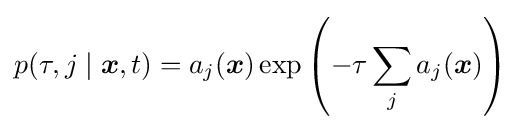
p(\tau ,j\mid {\boldsymbol {x}},t)=a_{j}({\boldsymbol {x}})\exp \left(-\tau \sum _{j}a_{j}({\boldsymbol {x}})\right)